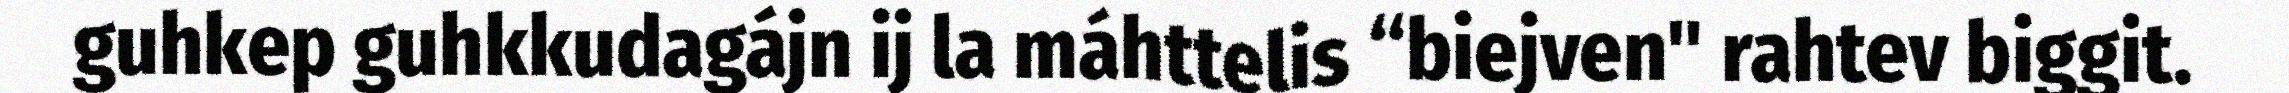
guhkep guhkkudagájn ij la máhttelis “biejven" rahtev biggit.